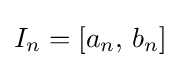
I_{n}=[a_{n},\,b_{n}]